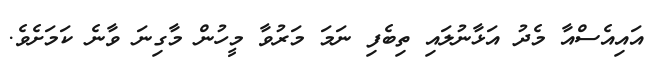
އައިއެސްއާ މެދު އަޅާނުލައި ތިބެފި ނަމަ މަރުވާ މީހުން މާގިނަ ވާނެ ކަމަށެވެ.